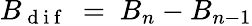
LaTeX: B_{\mathrm{~d~i~f~}}~=~B_{n}-B_{n-1}